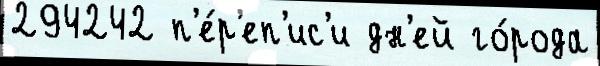
294242 п'е́р'еп'ис'и дн'ей го́рода